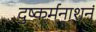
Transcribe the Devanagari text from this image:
दुष्कर्मनाशनं